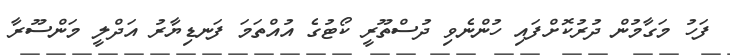
ފަހު މަގާމުން ދުރުކޮށްފައި ހުންނެވި ދުސްތޫރީ ކޯޓުގެ އުއްތަމަ ފަނޑިޔާރު އަދްލީ މަންސޫރާ